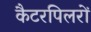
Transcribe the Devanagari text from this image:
कैटरपिलरों